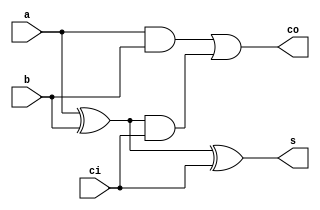
module fulladder(
		input a,
		input b,
		input ci,
		output co,
		output s
	);


	wire s = ((a^b)^ci);
	wire co = (a&b) | ((a^b) & ci);

endmodule